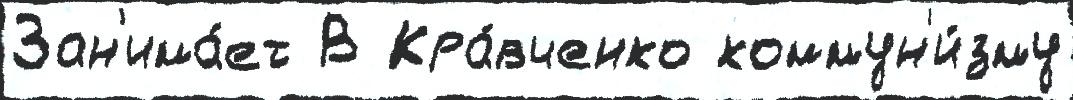
Зан'има́ет В Кра́вченко коммун'и́зму